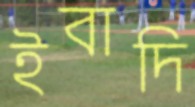
ইবাদি